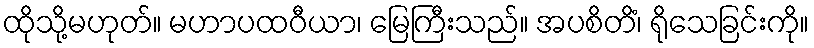
ထိုသို့မဟုတ်။ မဟာပထဝီယာ၊ မြေကြီးသည်။ အပစိတိံ၊ ရိုသေခြင်းကို။